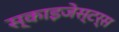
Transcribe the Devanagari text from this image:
स्काइजेस्टर्स